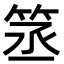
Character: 䇰